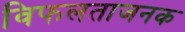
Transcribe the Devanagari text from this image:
विफलताजनक